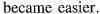
became easier.